Medical and sanitary report of the native army of Bengal for the year
Year: 1874
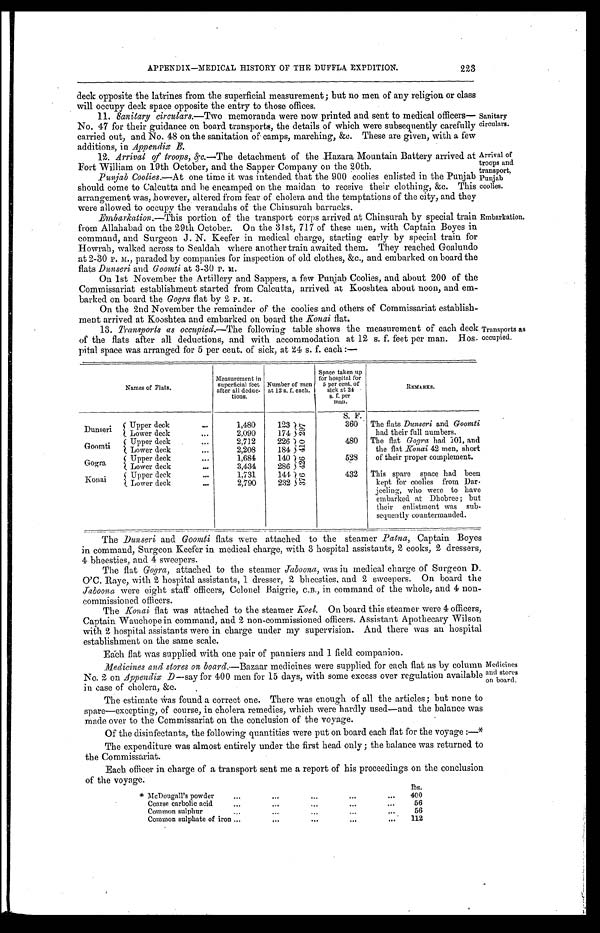
APPENDIX—MEDICAL HISTORY OF THE DUFFLA EXPDITION.
223
deck opposite the latrines from the superficial measurement; but no men of any religion or class
will occupy deck space opposite the entry to those offices.
11.
Sanitary circulars.—Two memoranda were now printed and sent to medical officers—
No. 47 for their guidance on board transports, the details of which were subsequently carefully
carried out, and No. 48 on the sanitation of camps, marching, &c. These are given, with a few
additions, in Appendix E.
12. Arrival of troops, &c.—The detachment of the Hazara Mountain Battery arrived at
Fort William on 19th October, and the Sapper Company on the 20th.
Punjab Coolies.—At one time it was intended that the 900 coolies enlisted in the Punjab
should come to Calcutta and be encamped on the maidan to receive their clothing, &c. This
arrangement was, however, altered from fear of cholera and the temptations of the city, and they
were allowed to occupy the verandahs of the Chinsurah barracks.
Embarkation.—This portion of the transport corps arrived at Chinsurah by special train
from Allahabad on the 29th October. On the 31st, 717 of these men, with Captain Boyes in
command, and Surgeon J. N. Keefer in medical charge, starting early by special train for
Howrah, walked across to Sealdah where another train awaited them. They reached Goalundo
a t 2 - 3 0 P . M . , p a r a d e d b y c o m p a n i e s f o r i n s p e c t i o n . o f o l d c l o t h e s , & c . , a n d e m b a r k e d o n b o a r d t h e
flats Dunseri and Goomti at 3-30 P. M.
On 1st November the Artillery and Sappers, a few Punjab Coolies, and about 200 of the
Commissariat establishment started from Calcutta, arrived at Kooshtea about noon, and em-
barked on board the Gogra flat by 2 P. M.
On the 2nd November the remainder of the coolies and others of Commissariat establish-
ment arrived at Kooshtea and embarked on board the Konai flat.
13.
occupied.—The following table shows the measurement of each deck
of the flats after all deductions, and with accommodation at 12 s. f. feet per man. Hos-
pital space was arranged for 5 per cent. of sick. at 24 s. f. each:—
Sanitary
circulars.
Arrival of
troops and
transport.
Punjab
coolies.
Embarkation.
Transports as
occupied.
Names of Flats.
Measurement in
superficial feet
after all deduc-
tions.
Number of men
at 12 s. f. each.
Space taken up
for hospital for
5 per cent. of
sick at 24
s. f. per m a n .
R E M A R K S .
S. F. The flats Dunseri and Goomti
had their full numbers.
The flat Gogra had 101, and
the flat Konai 42 men, short
of their proper complement.
Dunseri Upper deck
1,480
123
2 9 7
360
Lower deck
2,090
174
Goomti
Upper deck
2,712
226
4 1 0
480
Lower deck
2,208
184
Gogra
Upper deck
1,684
140
4 2 6
528
Lower deck
3,434
286
Konai
Upper deck
1,731
144 3 7 6
432 This spare space had been
kept for coolies from Dar.
j eeling, who were to have
embarked at Dhobree; but
their enlistment was sub-
sequently countermanded.
Lower deck
2,790
232
The Dunseri and Goomti flats were attached to the steamer Patna, Captain Boyes
in command, Surgeon Keefer in medical charge, with 3 hospital assistants, 2 cooks, 2 dressers,
4 bheesties, and 4 sweepers.
The flat Gogra, attached to the steamer Jaboona, was in medical charge of Surgeon D.
O'C. Raye, with 2 hospital assistants, 1 dresser, 2 bheesties, and 2 sweepers. On board the
Jaboona were eight staff officers, Colonel Baigrie, C.B., in command of the whole, and 4 non-
commissioned officers.
The konai, flat was attached to the steamer Koel. On board this steamer were 4 officers,
Captain Wauchope in command, and 2 non-commissioned officers. Assistant Apothecary Wilson
with 2 hospital assistants were in charge under my supervision. And there was an hospital
establishment on the same scale.
Each flat was supplied with one pair of panniers and 1 field companion.
Medicines and stores on boards—Bazaar medicines were supplied for each flat as by column
No. 2 on Appendix D—say for 400 men for 15 days, with some excess over regulation available
in case of cholera, &c.
The estimate was found a correct one. There was enough of all the articles; but none to
spare—excepting, of course, in cholera remedies, which were hardly used—and the balance was
made over to the Commissariat on the conclusion of the voyage.
Of the disinfectants, the following quantities were put on board each flat for the voyage:—*
The expenditure was almost entirely under the first head only; the balance was returned to
the Commissariat.
Each officer in charge of a transport sent me a report of his proceedings on the conclusion
of the voyage.
l b s .
* McDougall's powder
400
Coarse carbolic acid
56
Common sulphur
56
Common sulphate of iron
112
Medicines
and stores
on board.